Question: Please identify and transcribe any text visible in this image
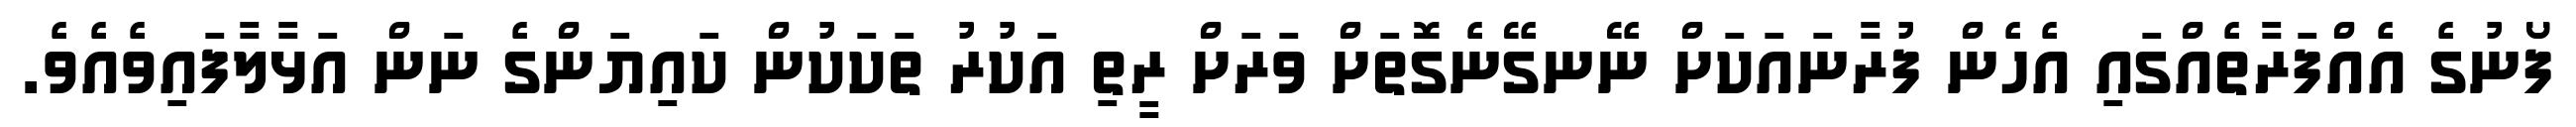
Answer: ފޯނުގެ އެއްފަރާތެއްގައި އެހެން ފުރާނައަކަށް ނޭނގޭނެގޮތަށް ވަރަށް ރީތި އަކުރު ތަކަކުން ކައިޔަންގެ ނަން އަޅާލާފައިވެއެވެ.